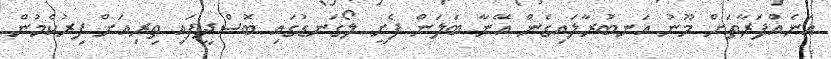
އަނެއްފަރާތަށް މޫނު އަނބުރާލައިގެން އޭނާ ބަލަން ފެށީ ލޯގަނޑުގައި ބޮސްދީފައި ތިރިއަށް ފިރުކެމުން